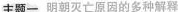
主题一 明朝灭亡原因的多种解释